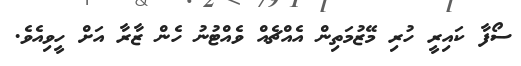
ސޯފާ ކައިރީ ހުރި މޭޒުމަތިން އެއްޗެއް ވެއްޓުނު ހެން ޒާރާ އަށް ހީވިއެވެ.